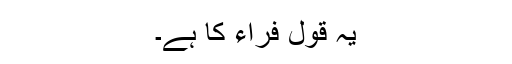
یہ قول فراء کا ہے۔